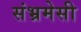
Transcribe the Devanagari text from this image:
संभ्रमेसी